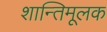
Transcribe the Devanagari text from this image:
शान्तिमूलक